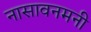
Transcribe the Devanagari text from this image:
नासावनमनी